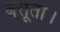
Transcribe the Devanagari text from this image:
बत्तूता।